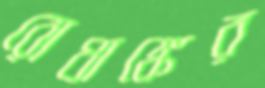
রোধাঙ্কের